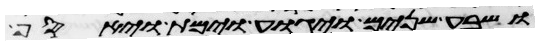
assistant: ושבע שנים ויגוע וימת ויאסף